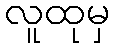
လူထုမှ